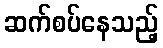
ဆက်စပ်နေသည့်